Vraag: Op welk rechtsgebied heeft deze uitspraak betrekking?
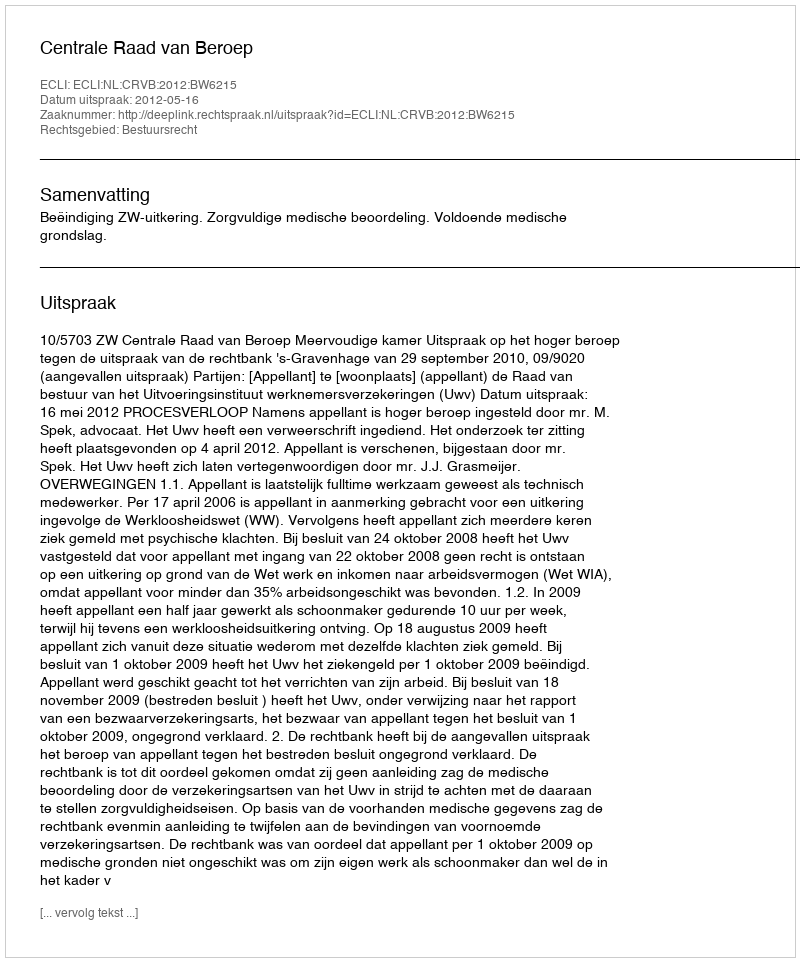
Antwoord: Bestuursrecht